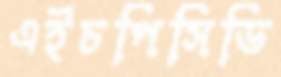
এইচপিসিডি